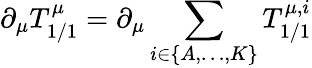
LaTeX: \partial_{\mu}T_{1/1}^{\mu}=\partial_{\mu}\sum_{i\in\{ A,\ldots,K\} }T_{1/1}^{\mu,i}